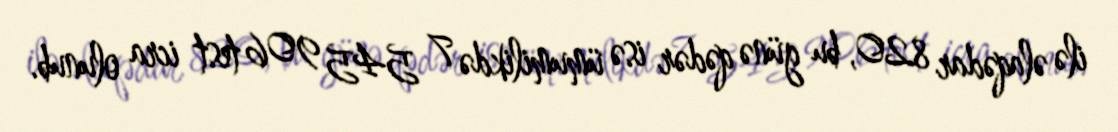
ilə əlaqədar 820, bu günə qədər isə ümumilikdə 7 545 906 test icra olunub.